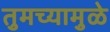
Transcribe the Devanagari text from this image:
तुमच्यामुळे